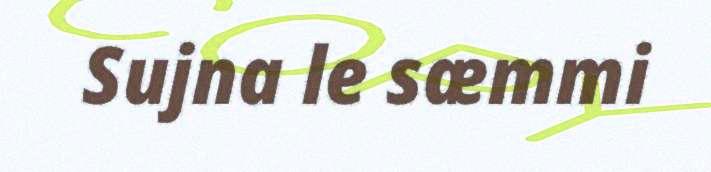
Sujna le sæmmi